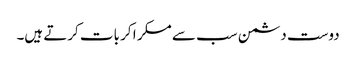
دوست دشمن سب سے مسکر ا کر بات کرتے ہیں۔